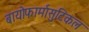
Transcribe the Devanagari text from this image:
बायोफार्मासुटिकल